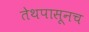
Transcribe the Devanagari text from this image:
तेथपासूनच